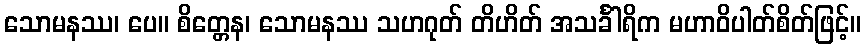
သောမနဿ၊ ပေ။ စိတ္တေန၊ သောမနဿ သဟဂုတ် တိဟိတ် အသင်္ခါရိက မဟာဝိပါတ်စိတ်ဖြင့်။